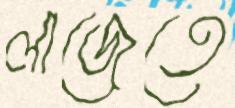
লাজেতে